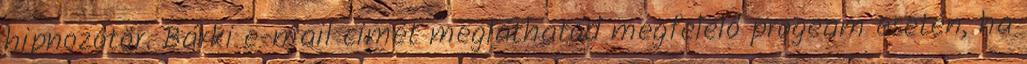
hipnozotör. Bárki e-mail cimét megláthatod megfelelő progeam esetén, ha